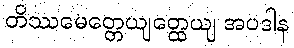
တိဿမေတ္တေယျတ္ထေယျ အပဒါန